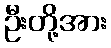
ဦးတို့အား